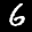
Label: 6